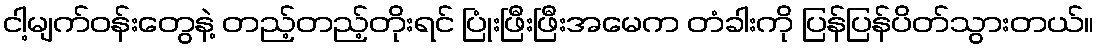
ငါ့မျက်ဝန်းတွေနဲ့ တည့်တည့်တိုးရင် ပြုံးဖြီးဖြီးအမေက တံခါးကို ပြန်ပြန်ပိတ်သွားတယ်။